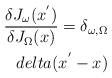
LaTeX: \begin{align*}\frac{\delta J_\omega ( x^{'} )}{\delta J_\Omega (x)} = \delta_{\omega, \Omega} \\delta ( x^{'} - x )\end{align*}